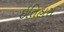
ઇતિહાસ